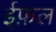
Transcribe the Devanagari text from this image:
ईफ़ल